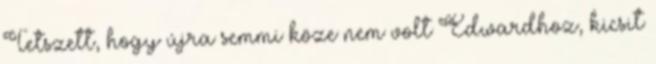
Tetszett, hogy újra semmi köze nem volt Edwardhoz, kicsit